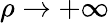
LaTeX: \rho\to+\infty